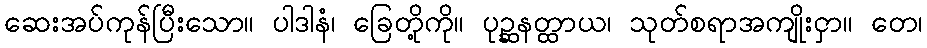
ဆေးအပ်ကုန်ပြီးသော။ ပါဒါနံ၊ ခြေတို့ကို။ ပုဉ္ဆနတ္ထာယ၊ သုတ်စရာအကျိုးငှာ။ တေ၊